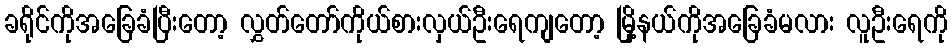
ခရိုင်ကိုအခြေခံပြီးတော့ လွှတ်တော်ကိုယ်စားလှယ်ဦးရေကျတော့ မြို့နယ်ကိုအခြေခံမလား လူဦးရေကို